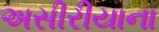
અસીરીયાના